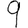
Digit: 9